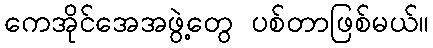
ကေအိုင်အေအဖွဲ့တွေ ပစ်တာဖြစ်မယ်။